Plague in India, 1896, 1897 - Volume 3
Year: 1896
Disease focus: Plague
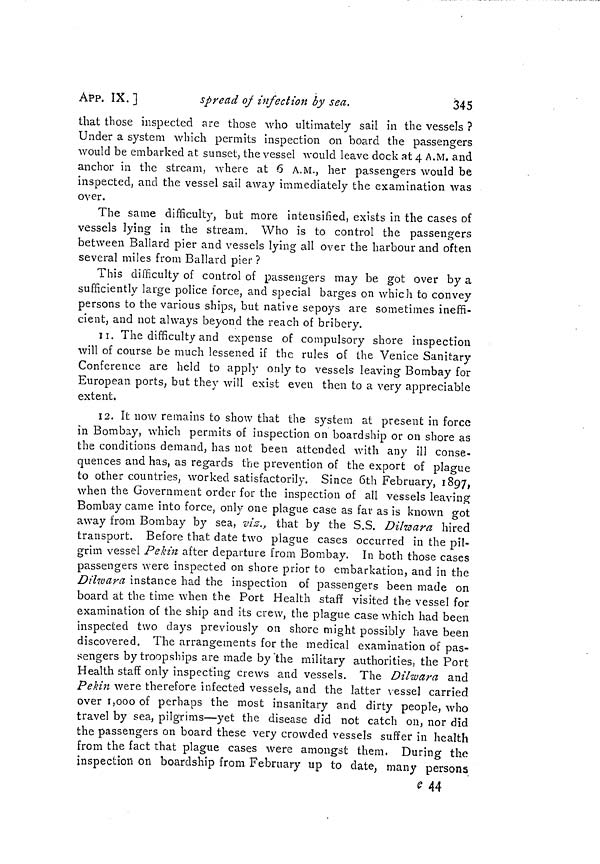
345
APP. IX. ]
spread of infection by sea.
that those inspected are those who ultimately sail in the vessels ?
Under a system which permits inspection on board the passengers
would be embarked at sunset, the vessel would leave dock at 4 A.M. and
anchor in the stream, where at 6 A.M., her passengers would be
inspected, and the vessel sail away immediately the examination was
over.
The same difficulty, but more intensified, exists in the cases of
vessels lying in the stream. Who is to control the passengers
between Ballard pier and vessels lying all over the harbour and often
several miles from Ballard pier ?
This difficulty of control of passengers may be got over by a
sufficiently large police force, and special barges on which to convey
persons to the various ships, but native sepoys are sometimes ineffi-
cient, and not always beyond the reach of bribery.
11. The difficulty and expense of compulsory shore inspection
will of course be much lessened if the rules of the Venice Sanitary
Conference are held to apply only to vessels leaving Bombay for
European ports, but they will exist even then to a very appreciable
extent.
12. It now remains to show that the system at present in force
in Bombay, which permits of inspection on boardship or on shore as
the conditions demand, has not been attended with any ill conse-
quences and has, as regards the prevention of the export of plague
to other countries, worked satisfactorily. Since 6th February, 1897,
when the Government order for the inspection of all vessels leaving
Bombay came into force, only one plague case as far as is known got
away from Bombay by sea, viz., that by the S.S. Dilwara hired
transport. Before that date two plague cases occurred in the pil-
grim vessel Pékin after departure from Bombay. In both those cases
passengers were inspected on shore prior to embarkation, and in the
Dilwara instance had the inspection of passengers been made on
board at the time when the Port Health staff visited the vessel for
examination of the ship and its crew, the plague case which had been
inspected two days previously on shore might possibly have been
discovered. The arrangements for the medical examination of pas-
sengers by troopships are made by the military authorities, the Port
Health staff only inspecting crews and vessels. The Dilwara and
Pékin were therefore infected vessels, and the latter vessel carried
over 1,000 of perhaps the most insanitary and dirty people, who
travel by sea, pilgrims—yet the disease did not catch on, nor did
the passengers on board these very crowded vessels suffer in health
from the fact that plague cases were amongst them, During the
inspection on boardship from February up to date, many persons
c 44